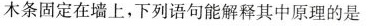
木条固定在墙上，下列语句能解释其中原理的是